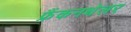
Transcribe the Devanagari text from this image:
फ्रैंकनथेलर